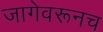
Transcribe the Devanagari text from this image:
जागेवरूनच